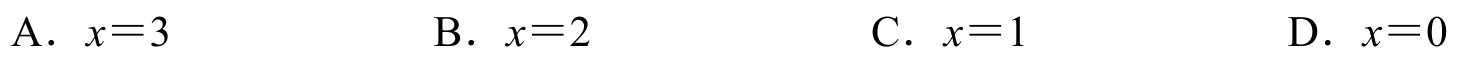
A．\(x = 3\)  B．\(x = 2\)  C．\(x = 1\)  D．\(x = 0\)